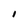
Character: 1